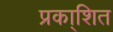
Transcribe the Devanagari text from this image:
प्रका्शित